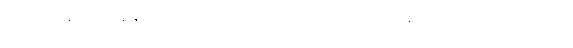
အဘိက္ကန္တံ၊ အလွန်နှစ်လိုဖွယ် ရှိပေစွတကား။ ပ။ မံ၊ အကျွန်ုပ်ကို။ ဘဝံ ဂေါတမော၊